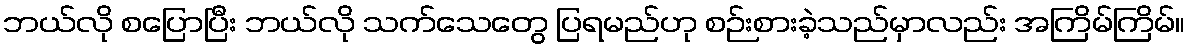
ဘယ်လို စပြောပြီး ဘယ်လို သက်သေတွေ ပြရမည်ဟု စဉ်းစားခဲ့သည်မှာလည်း အကြိမ်ကြိမ်။